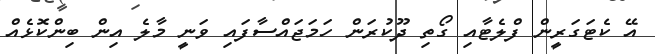
އޭ ކެޓަގަރީން ފްލެޓާއި ގޯތި ދޫކުރަން ހަމަޖައްސާފައި ވަނީ މާލެ އިން ބިންކޮޅެއް